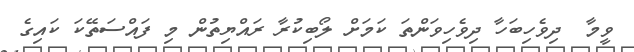
ވީމާ  ދިވެހިބަހާ ދިވެހިވަންތަ ކަމަށް ލޯބިކުރާ ރައްޔިތުން މި ފައްސަތޭކަ ކައިގެ